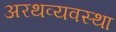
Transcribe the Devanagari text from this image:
अरथव्यवस्था